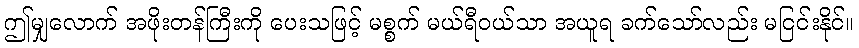
ဤမျှလောက် အဖိုးတန်ကြီးကို ပေးသဖြင့် မစ္စက် မယ်ရီဝယ်သာ အယူရ ခက်သော်လည်း မငြင်းနိုင်။